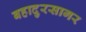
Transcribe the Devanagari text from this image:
बहादुरसागर